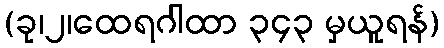
(ခု၊၂၊ထေရဂါထာ ၃၄၃ မှယူရန်)